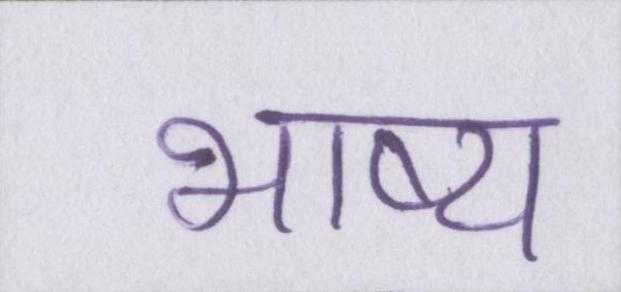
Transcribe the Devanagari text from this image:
भाष्य